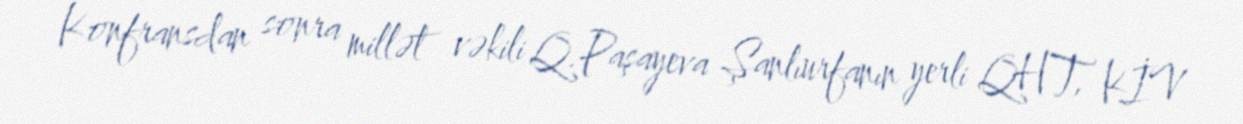
Konfransdan sonra millət vəkili Q.Paşayeva Şanlıurfanın yerli QHT, KİV